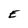
Character: E